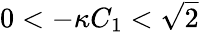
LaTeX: \begin{array}{r}{0<-\kappa C_{1}<\sqrt{2}}\end{array}